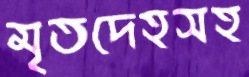
মৃতদেহসহ